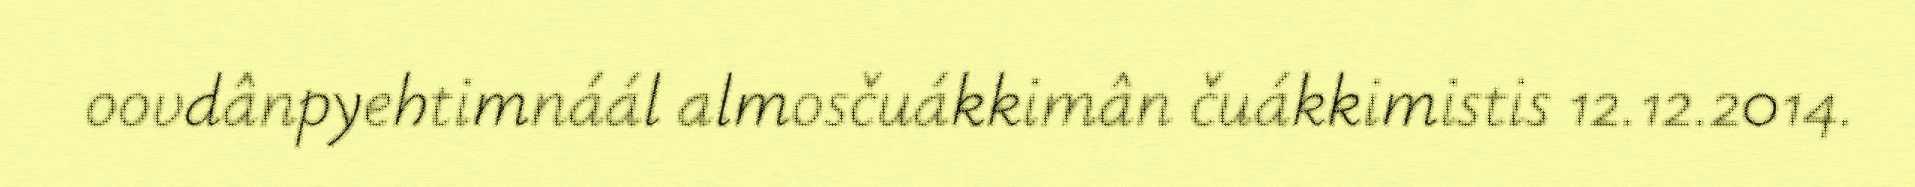
oovdânpyehtimnáál almosčuákkimân čuákkimistis 12.12.2014.